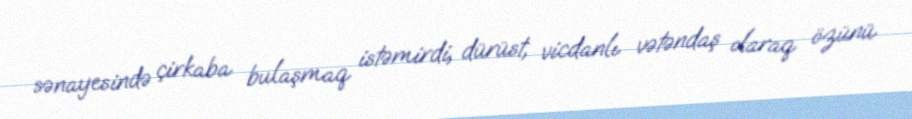
sənayesində çirkaba bulaşmaq istəmirdi, dürüst, vicdanlı vətəndaş olaraq özünü